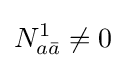
N_{a{\bar {a}}}^{1}\neq 0